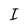
Character: I